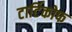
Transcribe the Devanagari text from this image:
टार्टिकोफ